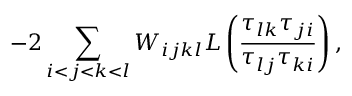
- 2 \sum _ { i < j < k < l } W _ { i j k l } L \left( \frac { \tau _ { l k } \tau _ { j i } } { \tau _ { l j } \tau _ { k i } } \right) ,